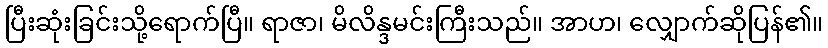
ပြီးဆုံးခြင်းသို့ရောက်ပြီ။ ရာဇာ၊ မိလိန္ဒမင်းကြီးသည်။ အာဟ၊ လျှောက်ဆိုပြန်၏။